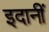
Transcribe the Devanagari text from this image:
इदानीं